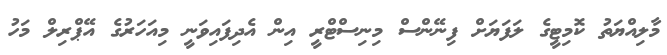
މާލިއްޔަތު ކޮމިޓީގެ ލަފަޔަށް ފިނޭންސް މިނިސްޓްރީ އިން އެދިފައިވަނީ މިއަހަރުގެ އޭޕްރިލް މަހު